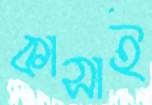
কাসাই